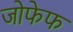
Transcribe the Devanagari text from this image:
जोफेफ